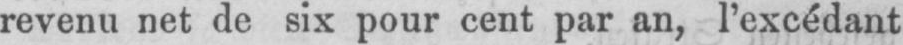
revenu net de six pour cent par an, l’excédant